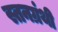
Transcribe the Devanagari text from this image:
स्तनग्रंथी